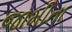
જામીતા